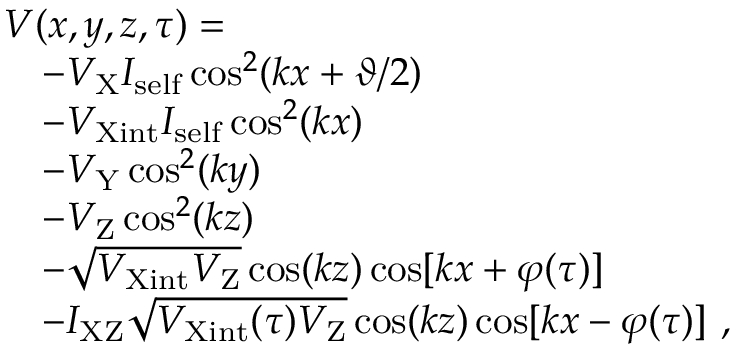
\begin{array} { r l } & { V ( x , y , z , \tau ) = } \\ & { \quad - V _ { \mathrm { X } } I _ { \mathrm { s e l f } } \cos ^ { 2 } ( k x + \vartheta / 2 ) } \\ & { \quad - V _ { \mathrm { X i n t } } I _ { \mathrm { s e l f } } \cos ^ { 2 } ( k x ) } \\ & { \quad - V _ { \mathrm { Y } } \cos ^ { 2 } ( k y ) } \\ & { \quad - V _ { \mathrm { Z } } \cos ^ { 2 } ( k z ) } \\ & { \quad - \sqrt { V _ { \mathrm { X i n t } } V _ { \mathrm { Z } } } \cos ( k z ) \cos [ k x + \varphi ( \tau ) ] } \\ & { \quad - I _ { \mathrm { X Z } } \sqrt { V _ { \mathrm { X i n t } } ( \tau ) V _ { \mathrm { Z } } } \cos ( k z ) \cos [ k x - \varphi ( \tau ) ] ~ , } \end{array}